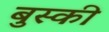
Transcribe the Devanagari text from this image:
बुस्की